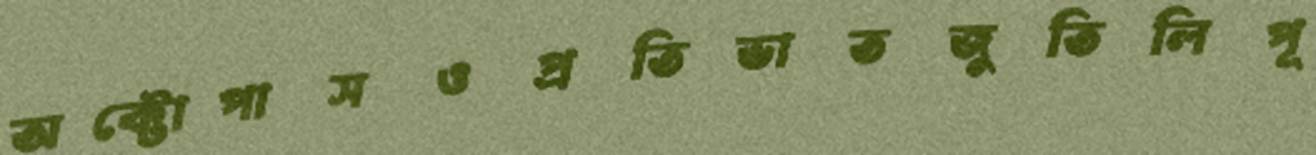
অক্টোপাসওপ্রতিভাতজুতিলিপূ